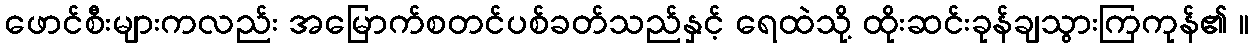
ဖောင်စီးများကလည်း အမြောက်စတင်ပစ်ခတ်သည်နှင့် ရေထဲသို့ ထိုးဆင်းခုန်ချသွားကြကုန်၏ ။